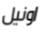
اونيل